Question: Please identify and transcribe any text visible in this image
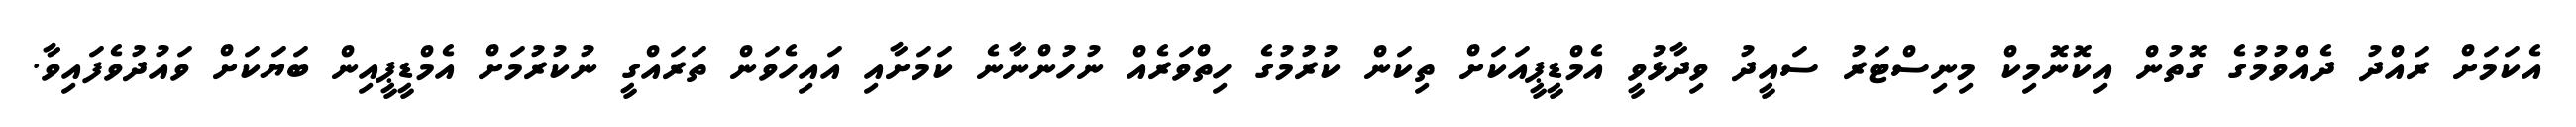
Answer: އެކަމަށް ރައްދު ދެއްވުމުގެ ގޮތުން އިކޮނޮމިކް މިނިސްޓަރު ސައީދު ވިދާޅުވީ އެމްޑީޕީއަކަށް ތިކަން ކުރުމުގެ ހިތްވަރެއް ނުހުންނާނެ ކަމަށާއި އައިހެވަން ތަރައްގީ ނުކުރުމަށް އެމްޑީޕީއިން ބަޔަކަށް ވައުދުވެފައިވާ.